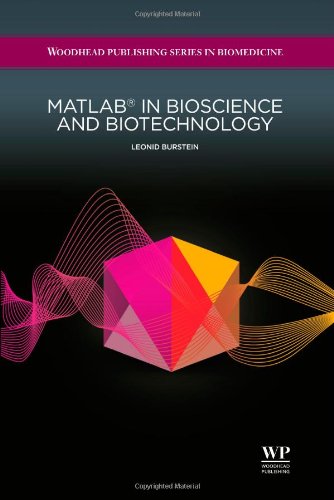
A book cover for MatlabÂ® in Bioscience and Biotechnology (Woodhead Publishing Series in Biomedicine); Leonid Burstein; Business & Money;